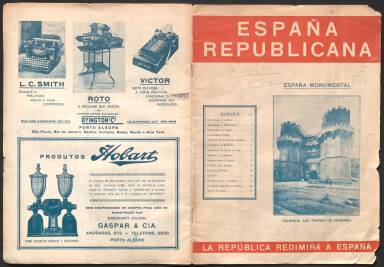
Título: España republicana (Porto Alegre)
Colección: Revistas de información general
Ámbito geográfico: Brasil
Lugar de publicación: Porto Alegre [Brasil]
Fechas: 01/02/1933-31/03/1934